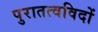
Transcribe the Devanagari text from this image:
पुरातत्‍वविदों